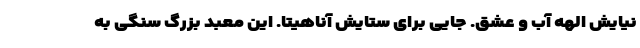
نیایش الهه آب و عشق. جایی برای ستایش آناهیتا. این معبد بزرگ سنگی به